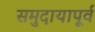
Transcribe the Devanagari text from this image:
समुदायापूर्व